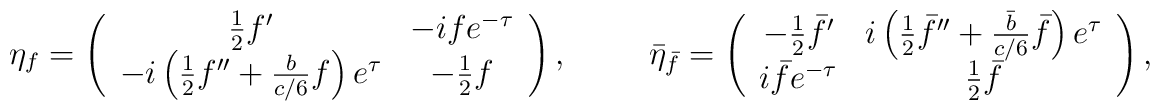
\eta_f=\left(\begin{array}{cc}	\frac{1}{2}f' & -ife^{-\tau} \\         -i\left(\frac{1}{2}f''+\frac{b}{c/6}f\right)e^{\tau} &            -\frac{1}{2}f	      \end{array}\right),  \hspace{10mm}\bar{\eta}_{\bar{f}}=\left(\begin{array}{cc}    -\frac{1}{2}\bar{f}' &       i\left(\frac{1}{2}\bar{f}''+\frac{\bar{b}}{c/6}\bar{f}\right)e^{\tau} \\    i\bar{f}e^{-\tau} &       \frac{1}{2}\bar{f}	      \end{array}\right),